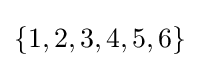
\{1,2,3,4,5,6\}